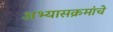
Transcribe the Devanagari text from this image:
अभ्‍यासक्रमांचे